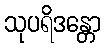
သုပရိဒန္တော